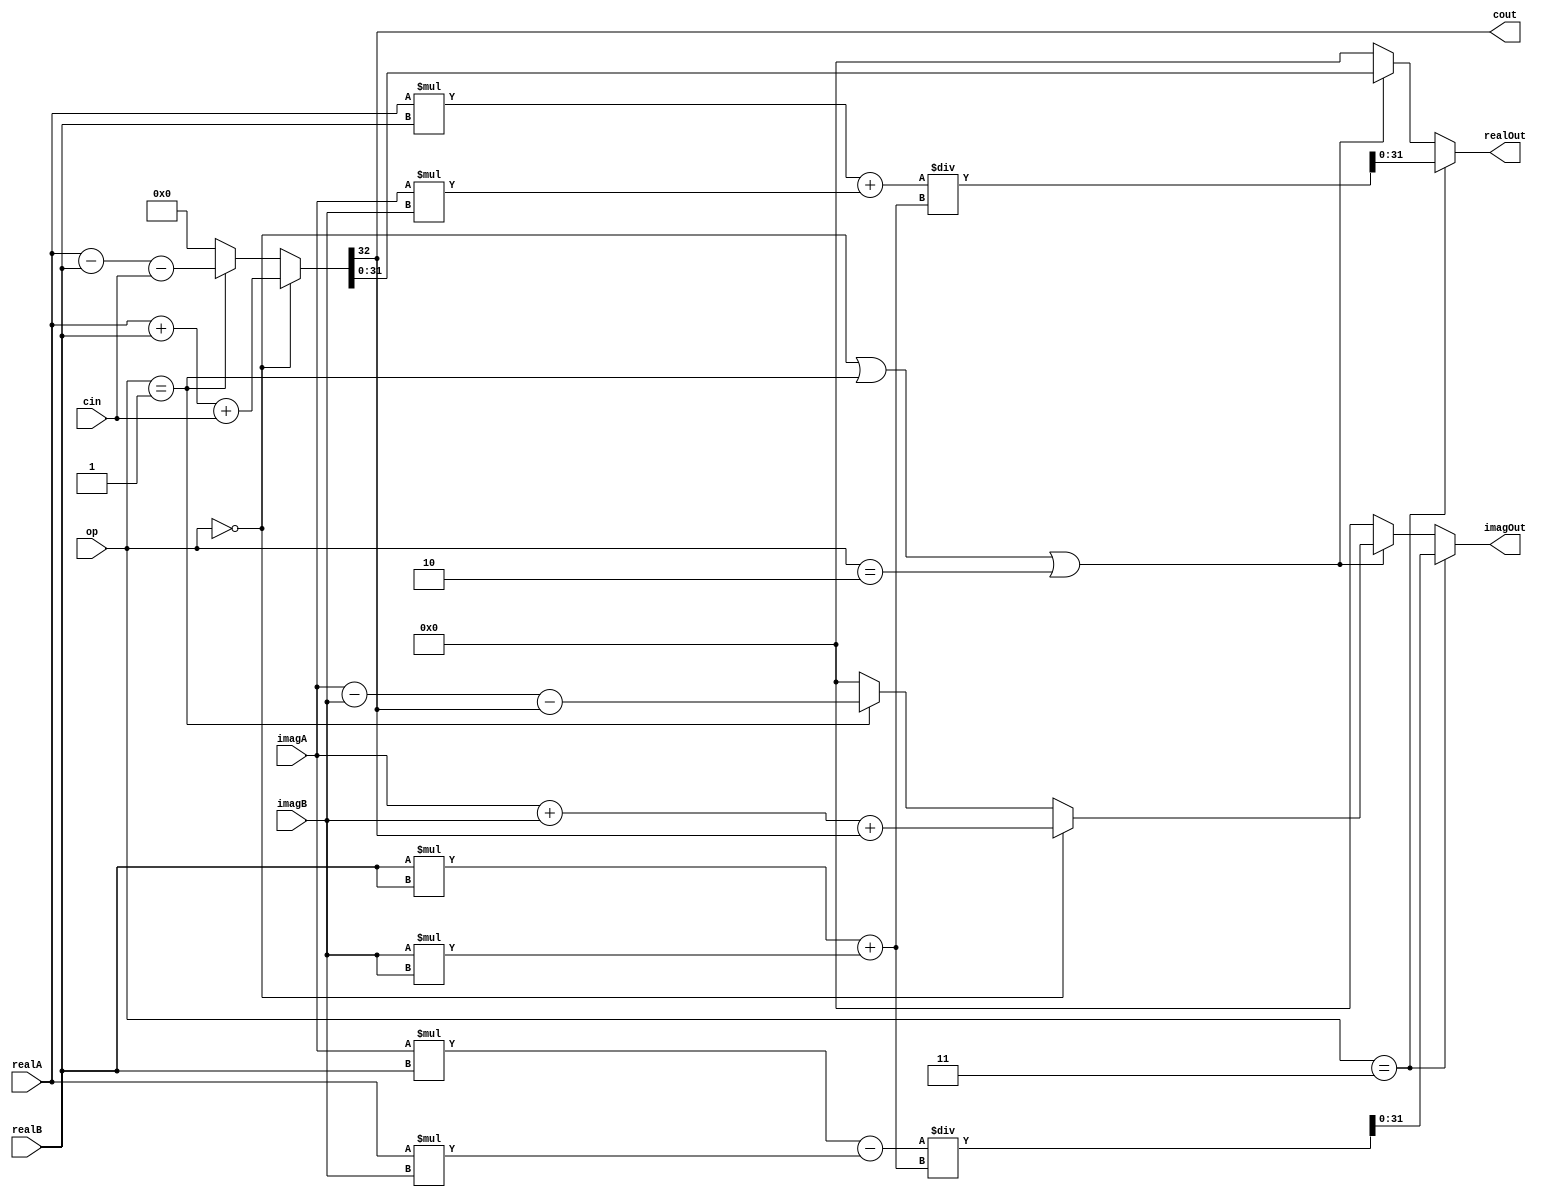
module Complex_ALU (
    input wire signed [31:0] realA, imagA, realB, imagB, // Inputs representing two complex numbers A and B
    input wire [1:0] op, // Input representing the operation to be performed (00 - Addition, 01 - Subtraction, 10 - Multiplication, 11 - Division)
    input wire cin, // Input carry-in signal
    output wire signed [31:0] realOut, imagOut, // Output representing the result complex number
    output wire cout // Output carry-out signal
);

// Declare internal wires for intermediate calculations
wire signed [31:0] realTemp, imagTemp;
wire signed [63:0] mulRealTemp, mulImagTemp;

// Adder/Subtractor for real parts
assign {cout, realTemp} = (op == 2'b00) ? (realA + realB + cin) :
                          (op == 2'b01) ? (realA - realB - cin) :
                          {1'b0, 32'h0};

// Adder/Subtractor for imaginary parts
assign imagTemp = (op == 2'b00) ? (imagA + imagB + cout) :
                  (op == 2'b01) ? (imagA - imagB - cout) :
                  {1'b0, 32'h0};

// Multiplier for real parts
assign mulRealTemp = (op == 2'b10) ? realA * realB - imagA * imagB :
                      {1'b0, 64'h0};

// Multiplier for imaginary parts
assign mulImagTemp = (op == 2'b10) ? realA * imagB + imagA * realB :
                      {1'b0, 64'h0};

// Divider for real parts
assign realOut = (op == 2'b11) ? ((realA * realB + imagA * imagB) / (realB * realB + imagB * imagB)) :
                (op == 2'b00 || op == 2'b01 || op == 2'b10) ? realTemp :
                {1'b0, 32'h0};

// Divider for imaginary parts
assign imagOut = (op == 2'b11) ? ((imagA * realB - realA * imagB) / (realB * realB + imagB * imagB)) :
                (op == 2'b00 || op == 2'b01 || op == 2'b10) ? imagTemp :
                {1'b0, 32'h0};

endmodule